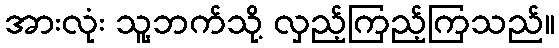
အားလုံး သူ့ဘက်သို့ လှည့်ကြည့်ကြသည်။